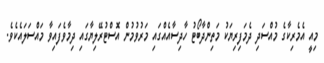
މިއީ އެމެރިކާގެ މުއްސަދި ދެމަފިރިޔަކު މަތިންދާބޯޓު ހާދިސާއެއްގައި މަރުވުމުން އޮސްޓުރޭލިޔާގައި ދިމާވެފައިވާ މައްސަލައެކެވެ.